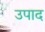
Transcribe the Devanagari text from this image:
उपाद